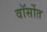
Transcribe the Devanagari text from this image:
वॉर्सोत